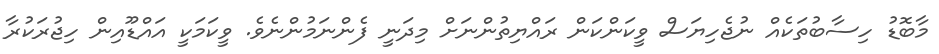
މާބޮޑު ހިސާބުތަކެއް ނުޖެހިޔަސް ވީކަންކަން ރައްޔިތުންނަށް މިދަނީ ފެންނަމުންނެވެ. ވީކަމަކީ އައްޑޫއިން ހިޖުރަކުރާ